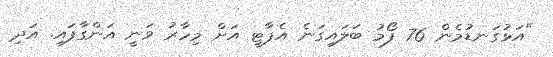
"އަޅުގަނޑުމެން 76 ފޯމު ބަލައިގަނެ އެޕާޓީ އަށް މިހާރު ވަނީ އަންގާފައި. އަދި